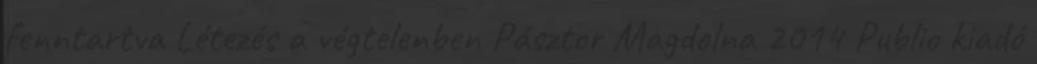
fenntartva Létezés a végtelenben Pásztor Magdolna 2014 Publio kiadó